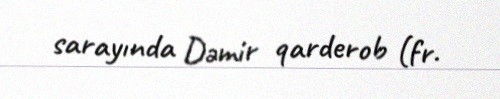
sarayında Dəmir qarderob (fr.